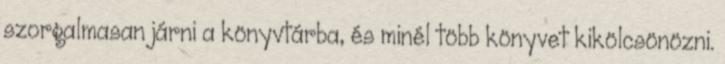
szorgalmasan járni a könyvtárba, és minél több könyvet kikölcsönözni.